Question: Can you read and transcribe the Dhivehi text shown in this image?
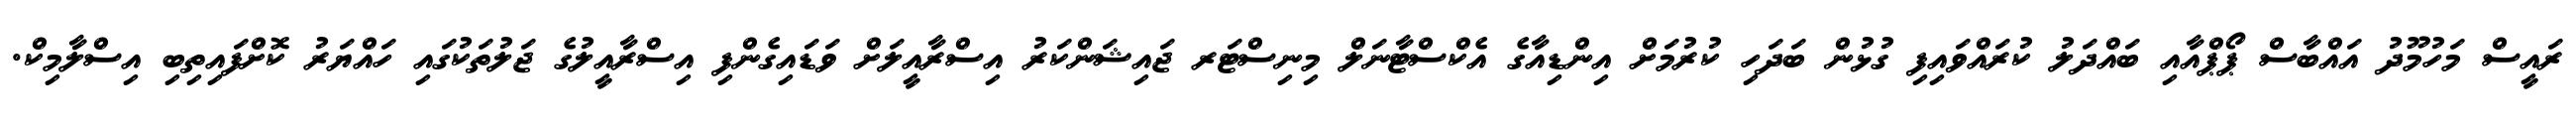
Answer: ރައީސް މަހުމޫދު އައްބާސް ޕޯޕްއާއި ބައްދަލު ކުރައްވައިފި ގުޅުން ބަދަހި ކުރުމަށް އިންޑިއާގެ އެކްސްޓާނަލް މިނިސްޓަރ ޖައިޝަންކަރު އިސްރާއީލަށް ވަޑައިގެންފި އިސްރާއީލުގެ ޖަލުތަކުގައި ހައްޔަރު ކޮށްފައިތިބި އިސްލާމިކް.